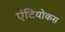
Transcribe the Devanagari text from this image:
एंटियोकस